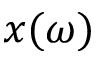
x ( \omega )